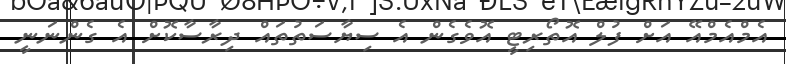
އެމްއެމްއޭ އަށް ފުލް އޮތޯރިޓީ އޮވެގެން އެ ސިޔާސަތުތައް ދިރާސާކޮށް އެ ގެންނަނީ